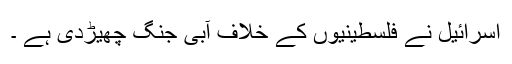
اسرائیل نے فلسطینیوں کے خلاف آبی جنگ چھیڑدی ہے ۔